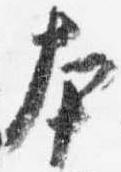
本